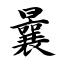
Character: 曩